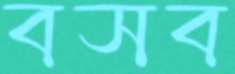
বসব